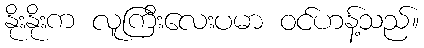
နိုးနိုးက လူကြီးလေးပမာ ဝင်ဟန့်သည်။